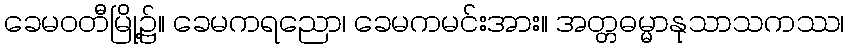
ခေမဝတီမြို့၌။ ခေမကရညော၊ ခေမကမင်းအား။ အတ္တဓမ္မာနုသာသကဿ၊